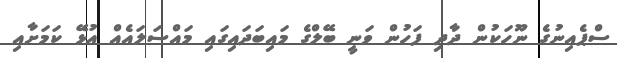
ސްޕެއިނުގެ ނޫހަކުން ދާދި ފަހުން ވަނީ ބޭލްގެ މައިބަދައިގައި މައްސަލައެއް އުޅޭ ކަމަށާއި